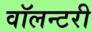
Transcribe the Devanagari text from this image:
वॉलन्टरी